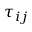
\tau _ { i j }